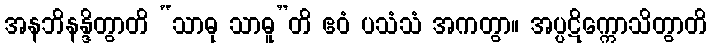
အနဘိနန္ဒိတွာတိ “သာဓု သာဓူ”တိ ဧဝံ ပသံသံ အကတွာ။ အပ္ပဋိက္ကောသိတွာတိ